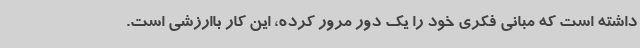
داشته است که مبانی فکری خود را یک دور مرور کرده، این کار باارزشی است.